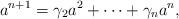
LaTeX: \begin{align*} a^{n+1} = \gamma_2 a^2 +\dots+ \gamma_{n}a^{n},\end{align*}